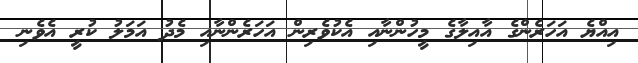
އިއްޔެ އަހަރެންގެ އާއިލާގެ މީހުންނާއި އެކުވެރިން އަހަރެންނާއި މެދު އަމަލު ކުރީ އެވެނި